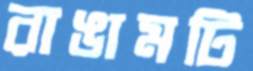
রাঙামটি